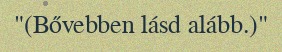
"(Bővebben lásd alább.)"